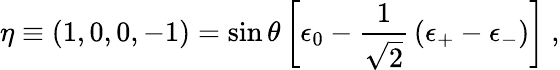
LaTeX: \eta\equiv(1,0,0,-1)=\sin\theta\left[\epsilon_{0}-{\frac{1}{\sqrt{2}}}\left(\epsilon_{+}-\epsilon_{-}\right)\right]\ ,